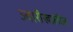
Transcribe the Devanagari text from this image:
ज्वारीखालील